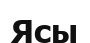
Ясы